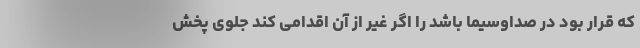
که قرار بود در صداوسیما باشد را اگر غیر از آن اقدامی کند جلوی پخش